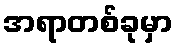
အရာတစ်ခုမှာ